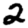
Digit: 2